Leprosy in India: report of the Leprosy Commission in India, 1890-91
Year: 1890
Disease focus: Leprosy
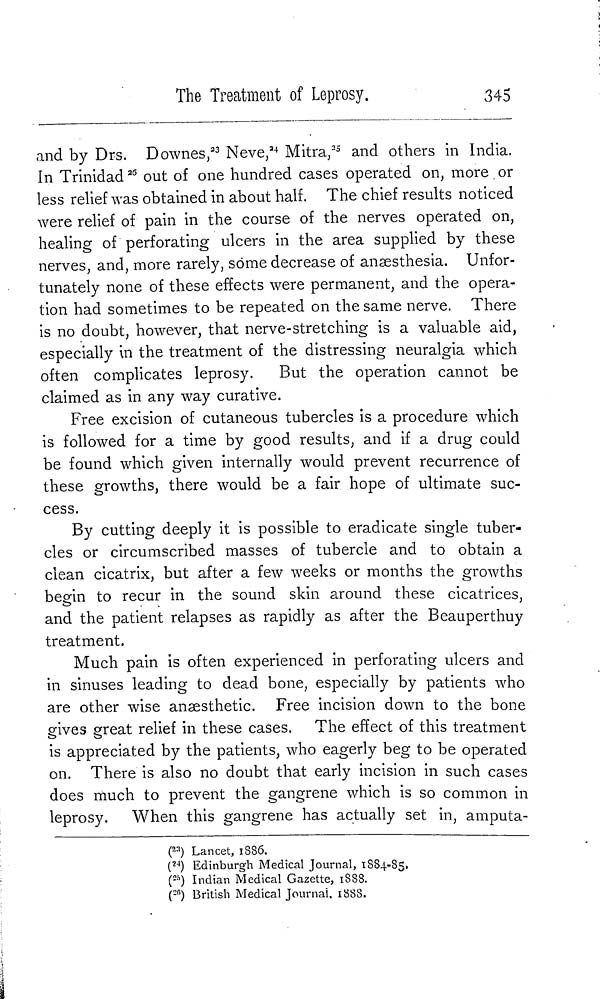
The Treatment of Leprosy.
345
and by Drs. Dowries, 23 Neve, 24 Mitra, 25 and others in India.
In Trinidad 26 out of one hundred cases operated on, more or
less relief was obtained in about half. The chief results noticed
were relief of pain in the course of the nerves operated on,
healing of perforating ulcers in the area supplied by these
nerves, and, more rarely, some decrease of anaesthesia. Unfor-
tunately none of these effects were permanent, and the opera-
tion had sometimes to be repeated on the same nerve. There
is no doubt, however, that nerve-stretching is a valuable aid,
especially in the treatment of the distressing neuralgia which
often complicates leprosy.
But the operation cannot be
claimed as in any way curative.
Free excision of cutaneous tubercles is a procedure which
is followed for a time by good results, and if a drug could
be found which given internally would prevent recurrence of
these growths, there would be a fair hope of ultimate suc-
cess.
By cutting deeply it is possible to eradicate single tuber-
cles or circumscribed masses of tubercle and to obtain a
clean cicatrix, but after a few weeks or months the growths
begin to recur in the sound skin around these cicatrices,
and the patient relapses as rapidly as after the Beauperthuy
treatment.
Much pain is often experienced in perforating ulcers and
in sinuses leading to dead bone, especially by patients who
are other wise anaesthetic. Free incision down to the bone
gives great relief in these cases. The effect of this treatment
is appreciated by the patients, who eagerly beg to be operated
on. There is also no doubt that early incision in such cases
does much to prevent the gangrene which is so common in
leprosy. When this gangrene has actually set in, amputa-
( 23 ) Lancet, 1886.
( 24 ) Edinburgh Medical Journal, 1884-85.
( 25 ) Indian Medical Gazette, 1888.
( 26 ) British Medical Journal, 1888.